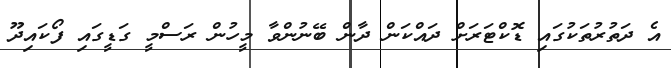
އެ ދަތުރުތަކުގައި ޑޮކްޓަރަށް ދައްކަން ދާން ބޭނުންވާ މީހުން ރަސްމީ ގަޑީގައި ފޯކައިދޫ